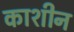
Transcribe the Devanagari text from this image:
काशीन